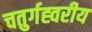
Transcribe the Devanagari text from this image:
चतुर्गह्वरीय